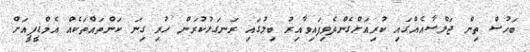
ބަހުސް ތިން ޖަލްސާއެއްގައި ކުރިއަށްގެންދެވިފައިވާއިރު ބިލުގައި ރަނގަޅުކުރަން ހުރި ގިނަ ކަންތައްތަކެއް އެމްޑީޕީއަށް